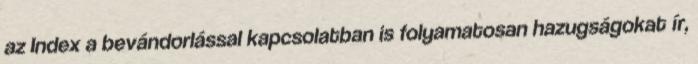
az Index a bevándorlással kapcsolatban is folyamatosan hazugságokat ír,